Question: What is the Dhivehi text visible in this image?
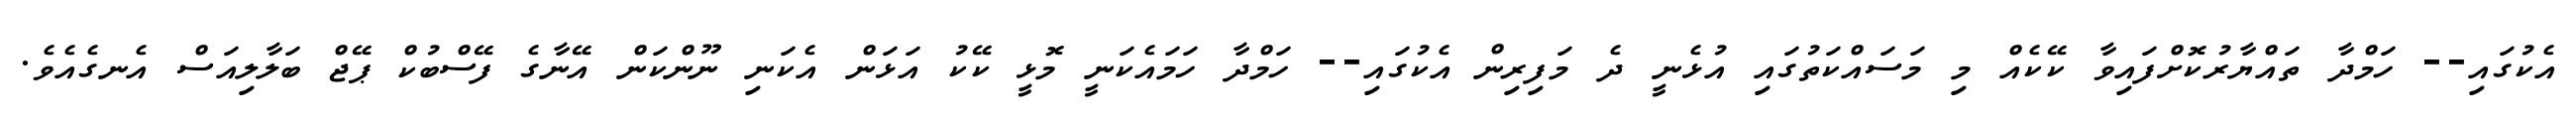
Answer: އެކުގައި-- ހަމްދާ ތައްޔާރުކޮށްފައިވާ ކޭކެއް މި މަސައްކަތުގައި އުޅެނީ ދެ މަފިރިން އެކުގައި-- ހަމްދާ ހަމައެކަނީ މޮޅީ ކޭކު އަޅަން އެކަނި ނޫންކަން އޭނާގެ ފޭސްބުކް ޕޭޖް ބަލާލިއަސް އެނގެއެވެ.